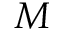
M